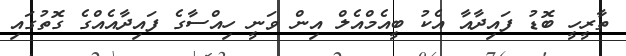
ތާރީހީ ބޮޑު ފައިދާއާ އެކު ބީއެމްއެލް އިން ވަނީ ހިއްސާގެ ފައިދާއެއްގެ ގޮތުގައި